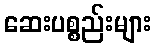
ဆေးပစ္စည်းများ